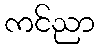
ကင်ညာ